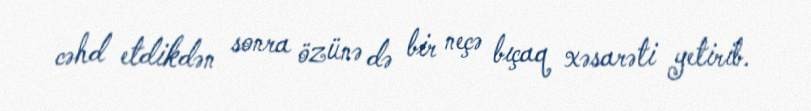
cəhd etdikdən sonra özünə də bir neçə bıçaq xəsarəti yetirib.